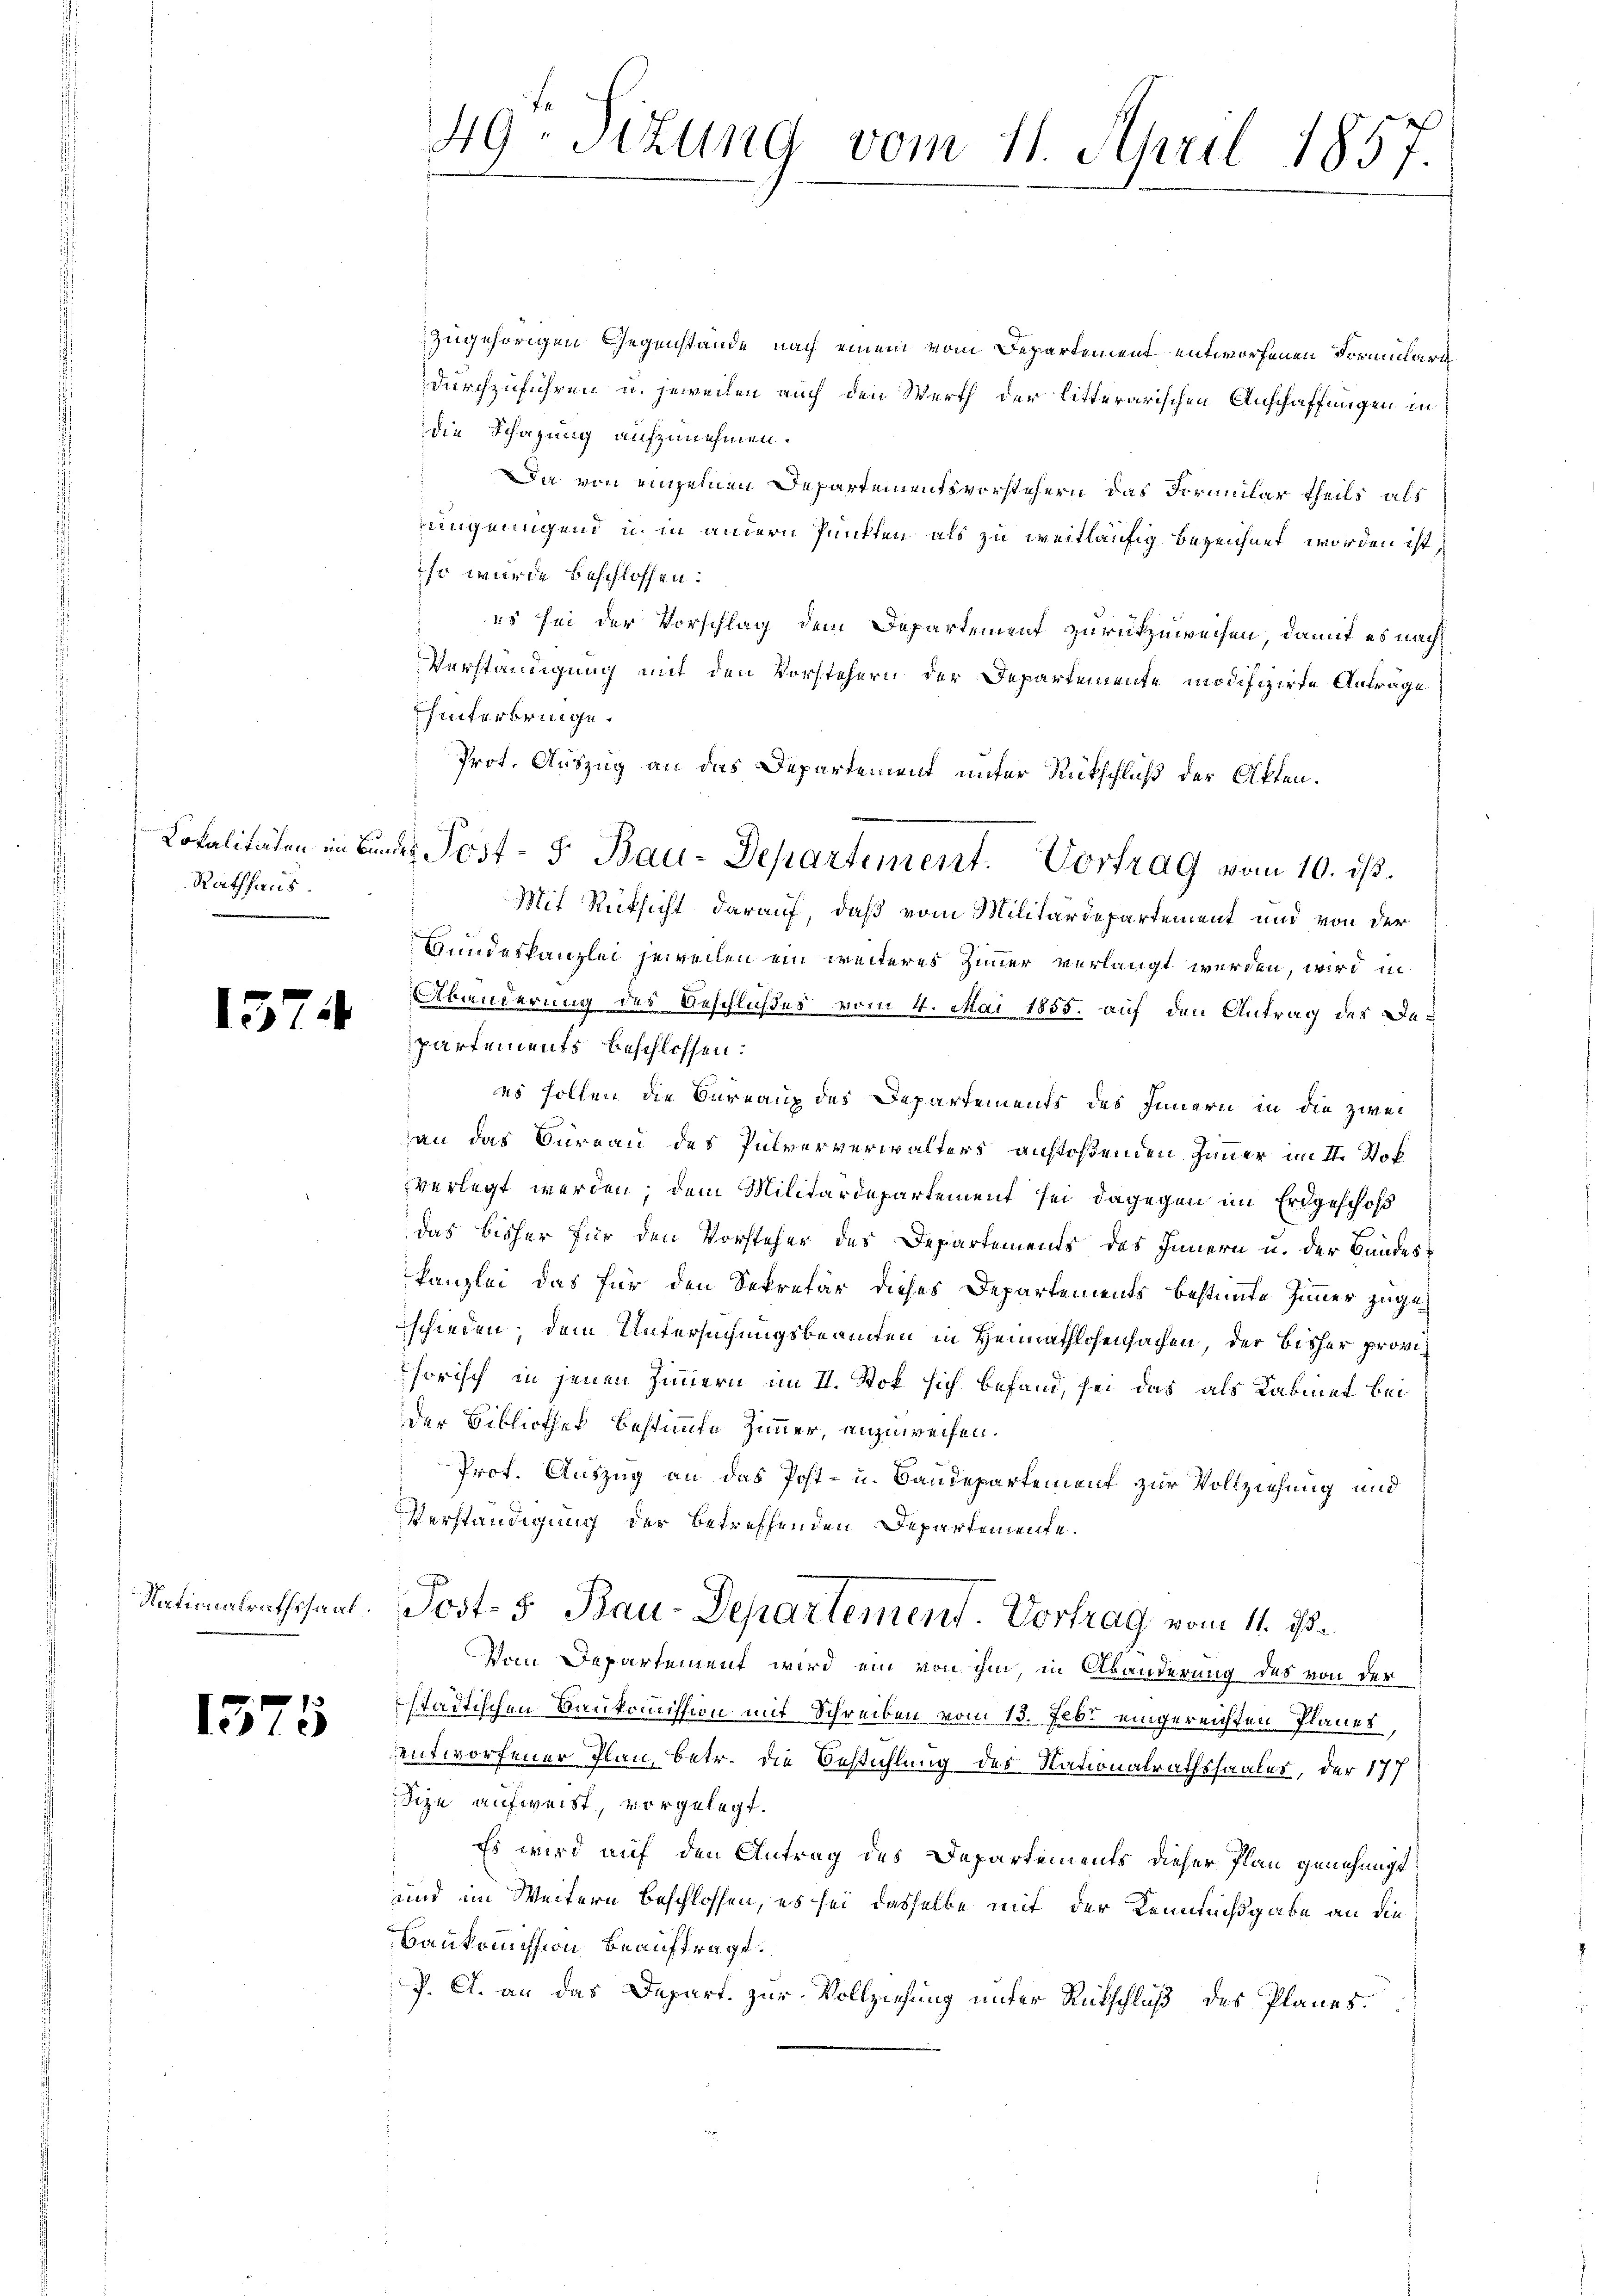
Rathhaus.

1374

15

1

zugehörigen Gegenstände nach einem vom Departement entworfenen Formulare
durchzuführen u. jeweilen auch den Werth der litterarischen Anschaffungen in
die Schazung aufzunehmen.
Da von einzelnen Departementsvorstehern das Formular theils als
ungenügend u. in annern Punkten als zu weitläufig bezeichnet worden ist,
ihr wurde beschlossen:
es sei der Vorschlag dem Departement zurückzuweisen, damit es nach¬
Verständigung mit den Vorstehern der Departemente modifizierte Antrage
hinterbringe.
Prot. Auszug an das Departement unter Rückschluß der Akten.
Mit Rüksicht darauf, daß vom Militärdepartement und von der
Bundeskanzlei jeweilen ein weiteres Zimmer verlangt werden, wird in
Abänderung des Beschlußes vom 4. Mai 1855. auf den Antrag des Departements beschlossen:
es sollen die Bureaup des Departements des Fennern in die zwei
n
au das Büreau des Pulververwalters anstoßenden Zimmer im II. Stok
verlegt werden, dem Militärdepartement sei dagegen im Erdgeschoß
das bisher für den Vorsteher des Departements des Innern u. der Bandeskanzlei das für den Sekretär dieses Departements bestimmte Zimmer zugeschieden, dem Untersuchungsbeamten in Heimathlosensachen, der bisher provihorisch in jenen Zimmern im II. Stok sich befand, sei das als Kabinet bei
der Bibliothek bestimmte Zimmer, anzuweisen.
Prof. Auszug an das Post- u. Baudepartement zur Vollziehung und
Verständigung der betreffenden Departemente.
Nationalrathssaal. Post- 5. Bau-Departement. Vortrag, vom 11. ist e
Vom Departement wird ein von ihm, in Abänderung des von der
städtischen Baukommission mit Schreiben vom 13. Febr eingereichten Planes,
entworfener Plan, betr. die Bestühlung des Nationalrathssaales, der 177
Fize aufweist, vorgelegt.
Es wird auf den Antrag des Departements dieser Plan genehmigt
und im Weitern beschlossen, es sei dasselbe mit der Kenntnißgabe an die
Baukommission beauftragt:
J. A. an das Depart. zur Vollziehung unter Rückschluß des Planes.

49. Sizung vom 21. April 1857.

Lokalitäten im Bundes Post- 5. Bau-Departement. Vortrag vom 10. ds.